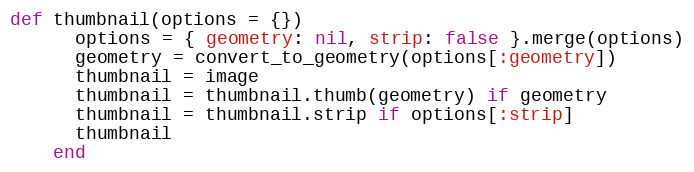
Language: Ruby
def thumbnail(options = {})
      options = { geometry: nil, strip: false }.merge(options)
      geometry = convert_to_geometry(options[:geometry])
      thumbnail = image
      thumbnail = thumbnail.thumb(geometry) if geometry
      thumbnail = thumbnail.strip if options[:strip]
      thumbnail
    end